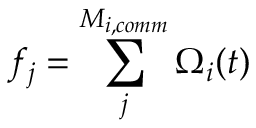
f _ { j } = \sum _ { j } ^ { M _ { i , c o m m } } \Omega _ { i } ( t )